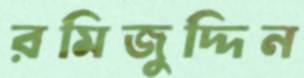
রমিজুদ্দিন